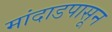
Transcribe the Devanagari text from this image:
मांदाडपासून